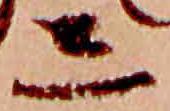
し